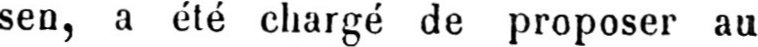
sen, a été chargé de proposer au